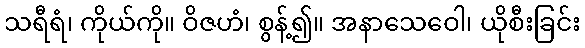
သရီရံ၊ ကိုယ်ကို။ ဝိဇဟံ၊ စွန့်၍။ အနာသေဝေါ၊ ယိုစီးခြင်း